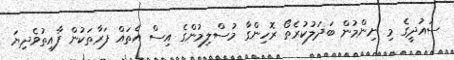
ސައުދީގެ މި ނިންމުން ބަދަލުކުރެތޯ ރޮހިންގާ މުސްލިމުންގެ އިސް އެތައް ފަރާތަކުން ފާއިތުވެދިޔަ